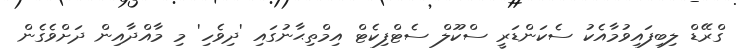
ގްރޭޑް ލިބިފައިވުމާއެކު ސެކަންޑަރީ ސްކޫލް ސެޓްފިކެޓް އިމްތިޙާނުގައި 'ދިވެހި' މި މާއްދާއިން ދަށްވެގެން